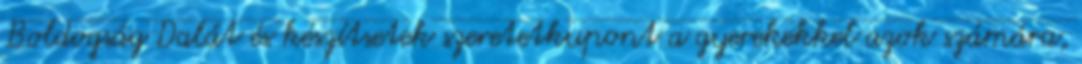
Boldogság Dalát és készítsetek szeretetkupont a gyerekekkel azok számára,